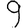
Digit: 9